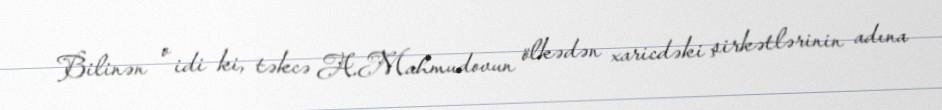
Bilinən o idi ki, təkcə A.Mahmudovun ölkədən xaricdəki şirkətlərinin adına